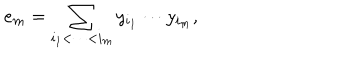
e _ { m } = \sum _ { i _ { 1 } < \cdots < i _ { m } } y _ { i _ { 1 } } \cdots y _ { i _ { m } } , \quad